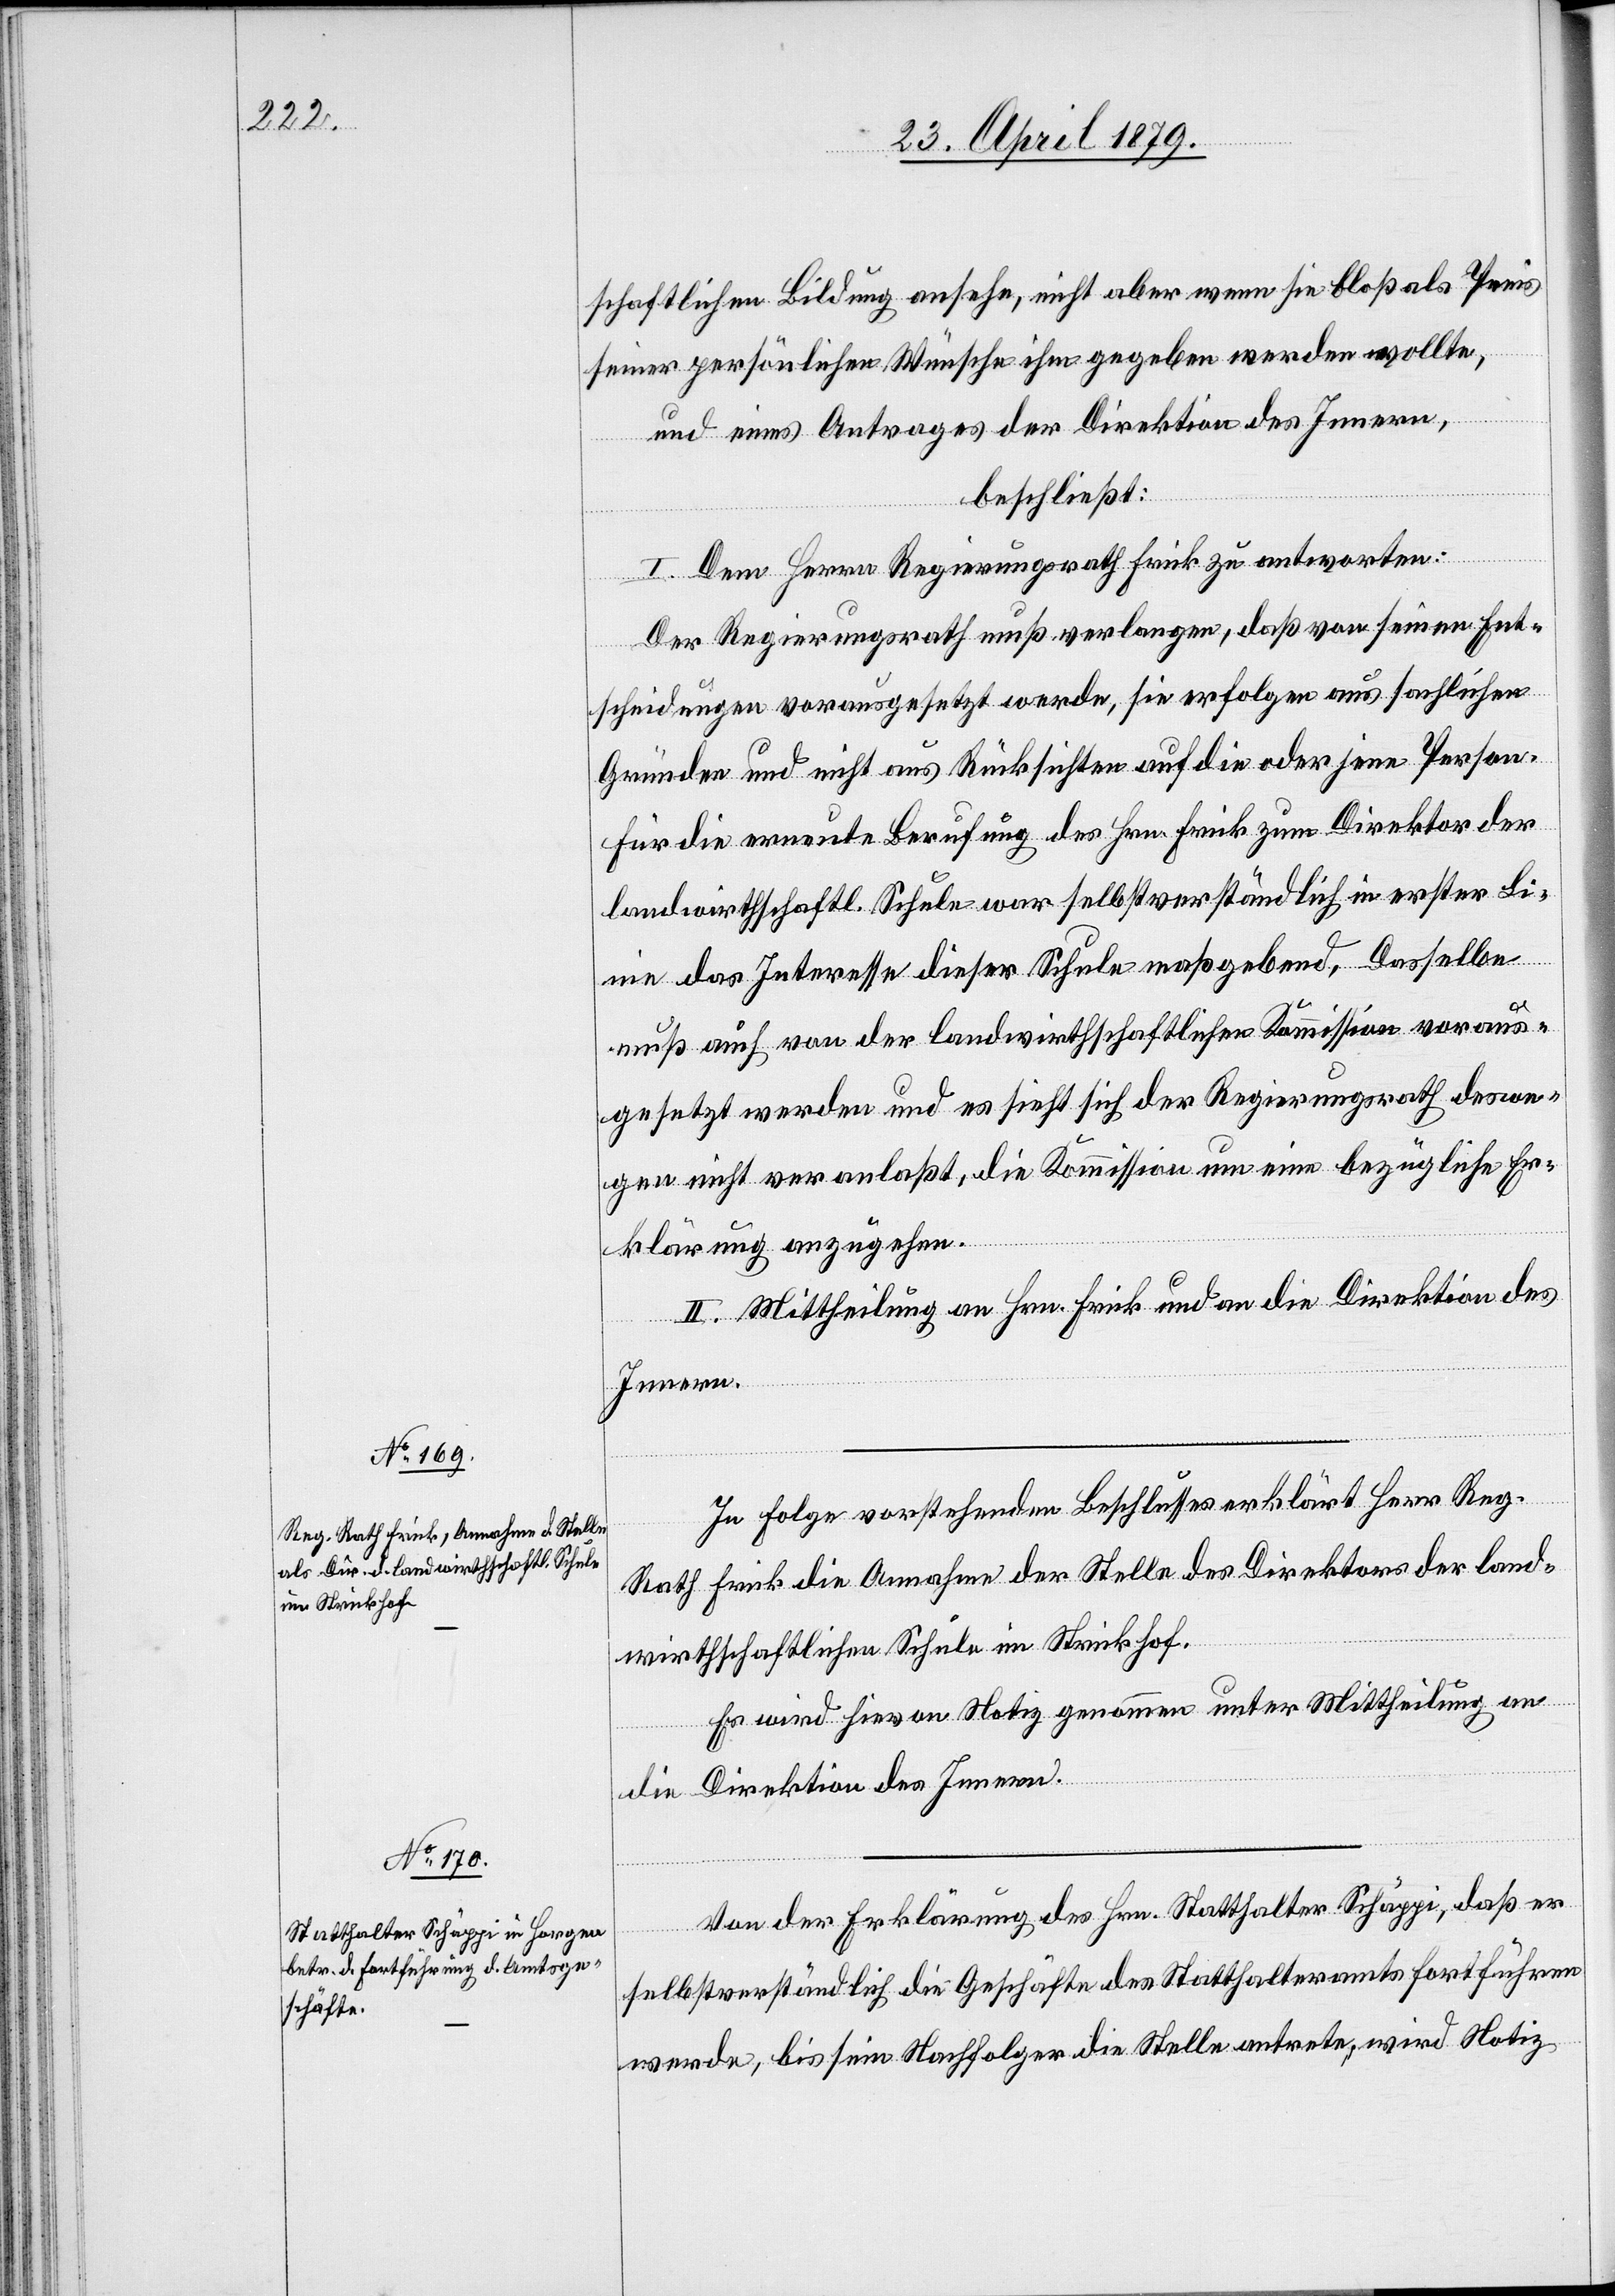
schaftlichen Bildung ansehe, nicht aber wenn sie bloß als Preis
seiner persönlichen Wünsche ihm gegeben werden wollte,
und eines Antrages der Direktion des Innern,
beschließt:
I. Dem Herrn Regierungsrath Frick zu antworten:
Der Regierungsrath muß verlangen, daß von seinen Ent¬
scheidungen vorausgesetzt werde, sie erfolgen aus sachlichen
Gründen und nicht aus Rücksichten auf die oder jene Person.
Für die erneute Berufung des Hrn. Frick zum Direktion der
landwirthschaftl. Schule war selbstverständlich in erster Li¬
nie das Interesse dieser Schule maßgebend, Dasselbe
muß auch von der landwirthschaftlichen Kommission voraus¬
gesetzt werden und es sieht sich der Regierungsrath deswe¬
gen nicht veranlaßt, die Kommission um eine bezügliche Er¬
klärung anzugehen.
II. Mittheilung an Hrn. Frick und an die Direktion des
Innern.
In Folge vorstehenden Beschlusses erklärt Herr Reg.
Rath Frick die Annahme der Stelle des Direktors der land¬
wirthschaftlichen Schule im Strickhof.
Es wird hievon Notiz genommen unter Mittheilung an
die Direktion des Innern.
Von der Erklärung des Hrn. Statthalter Schäppi, daß er
selbstverständlich die Geschäfte des Statthalteramts fortführen
werde, bis sein Nachfolger die Stelle antrete, wird Notiz